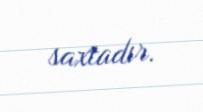
saxtadır.